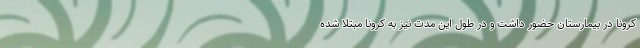
کرونا در بیمارستان حضور داشت و در طول این مدت نیز به کرونا مبتلا شده